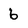
Character: 6